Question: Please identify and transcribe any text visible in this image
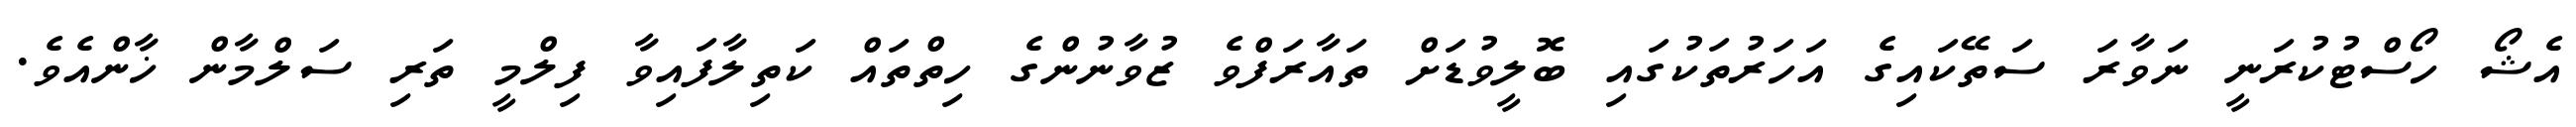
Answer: އެޝޯ ހޯސްޓުކުރަނީ ނަވާރަ ސަތޭކައިގެ އަހަރުތަކުގައި ބޮލީވުޑަށް ތައާރަފްވެ ޒުވާނުންގެ ހިތްތައް ކަތިލާފައިވާ ފިލްމީ ތަރި ސަލްމާން ޚާންއެވެ.